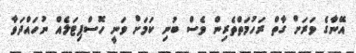
އޭނާގެ ވަރަށް ގާތް ރަހުމަތްތެރިން ވެސް ބުނި ކަމަށް ވަނީ ހޮސްޕިޓަލެއް ނުހައްދަވާ